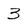
Character: 3